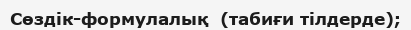
Сөздік-формулалық  (табиғи тілдерде);